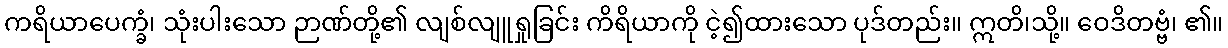
ကရိယာပေက္ခံ၊ သုံးပါးသော ဉာဏ်တို့၏ လျစ်လျူရှုခြင်း ကိရိယာကို ငဲ့၍ထားသော ပုဒ်တည်း။ ဣတိ၊သို့။ ဝေဒိတဗ္ဗံ၊ ၏။